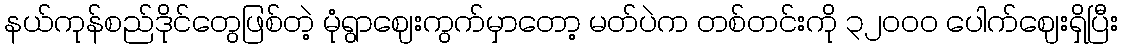
နယ်ကုန်စည်ဒိုင်တွေဖြစ်တဲ့ မုံရွာဈေးကွက်မှာတော့ မတ်ပဲက တစ်တင်းကို ၃၂၀၀၀ ပေါက်ဈေးရှိပြီး